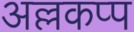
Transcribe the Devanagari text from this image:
अल्लकप्प